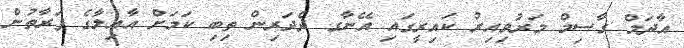
އާދަމް ގާސިމް މަރުވިއިރު ކައިރީގައި އޭނާގ ދެދަރިން ތިބި ކަމަށް އާއިލާގެ ފަރާތުން